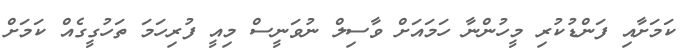
ކަމަށާއި ފަންޑުކުރި މީހުންނާ ހަމައަށް ވާސިލް ނުވަނީސް މިއީ ފުރިހަމަ ތަހުގީގެއް ކަމަށް